Indian journal of veterinary science and animal husbandry - Volumes 15-17, 1948-1951
Year: 1948
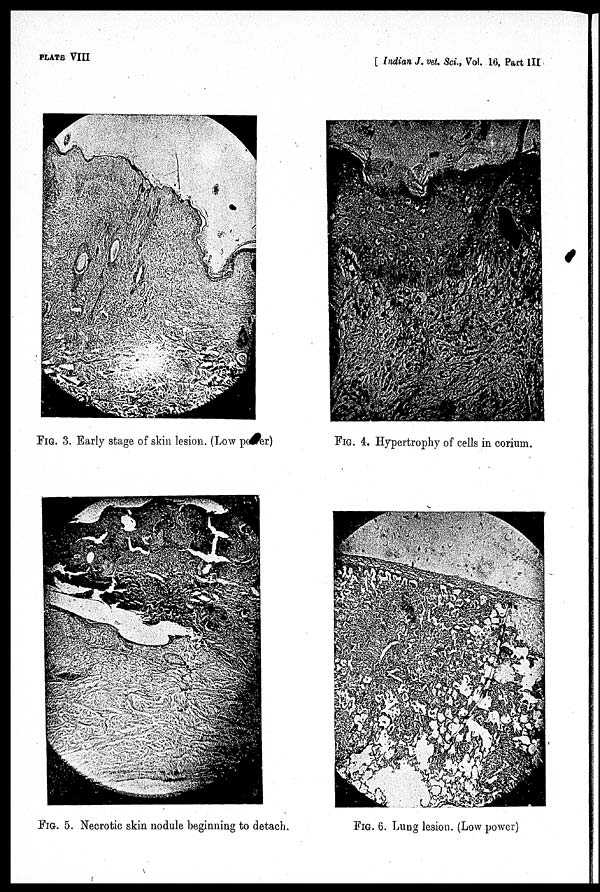
PLATE VIII
[ Indian J. vet. Sci., Vol. 16, Part III
FIG. 3. Early stage of skin lesion. (Low power)
FIG. 4. Hypertrophy of cells in corium.
FIG. 5. Necrotic skin nodule beginning to detach.
FIG. 6. Lung lesion. (Low power)